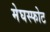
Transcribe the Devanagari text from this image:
मेघस्फोट